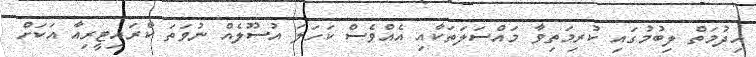
ހިދުމަތް ލިބުމުގައި ކުރިމަތިވާ މައްސަލަތަކާއި އެއްވެސް ކަހަލަ އުސޫލެއް ނުވަތަ ކްރައިޓީރިއާ އަކަށް